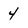
Character: 4